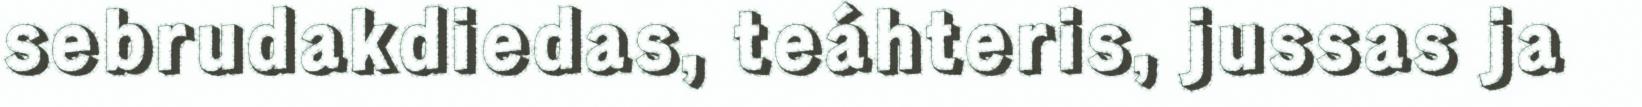
sebrudakdiedas, teáhteris, jussas ja